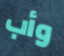
وأب